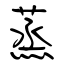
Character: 蒸